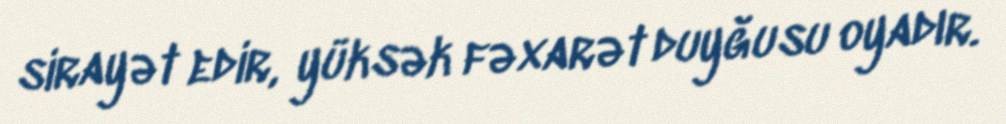
sirayət edir, yüksək fəxarət duyğusu oyadır.